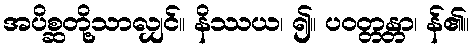
အပိစ္ဆတို့သာလျှင်။ နိဿယ၊ ၍။ ပဝတ္တန္တာ၊ န်၏။